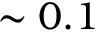
\sim 0 . 1